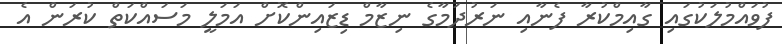
ފުވައްމުލަކުގައި ގާއިމްކުރާ ފެނާއި ނަރުދަމާގެ ނިޒާމް ޑިޒައިންކޮށް އަމަލީ މަސައްކަތް ކުރަން އެ